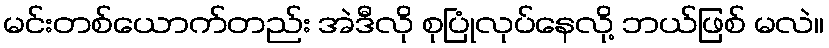
မင်းတစ်ယောက်တည်း အဲဒီလို စုပြုံလုပ်နေလို့ ဘယ်ဖြစ် မလဲ။